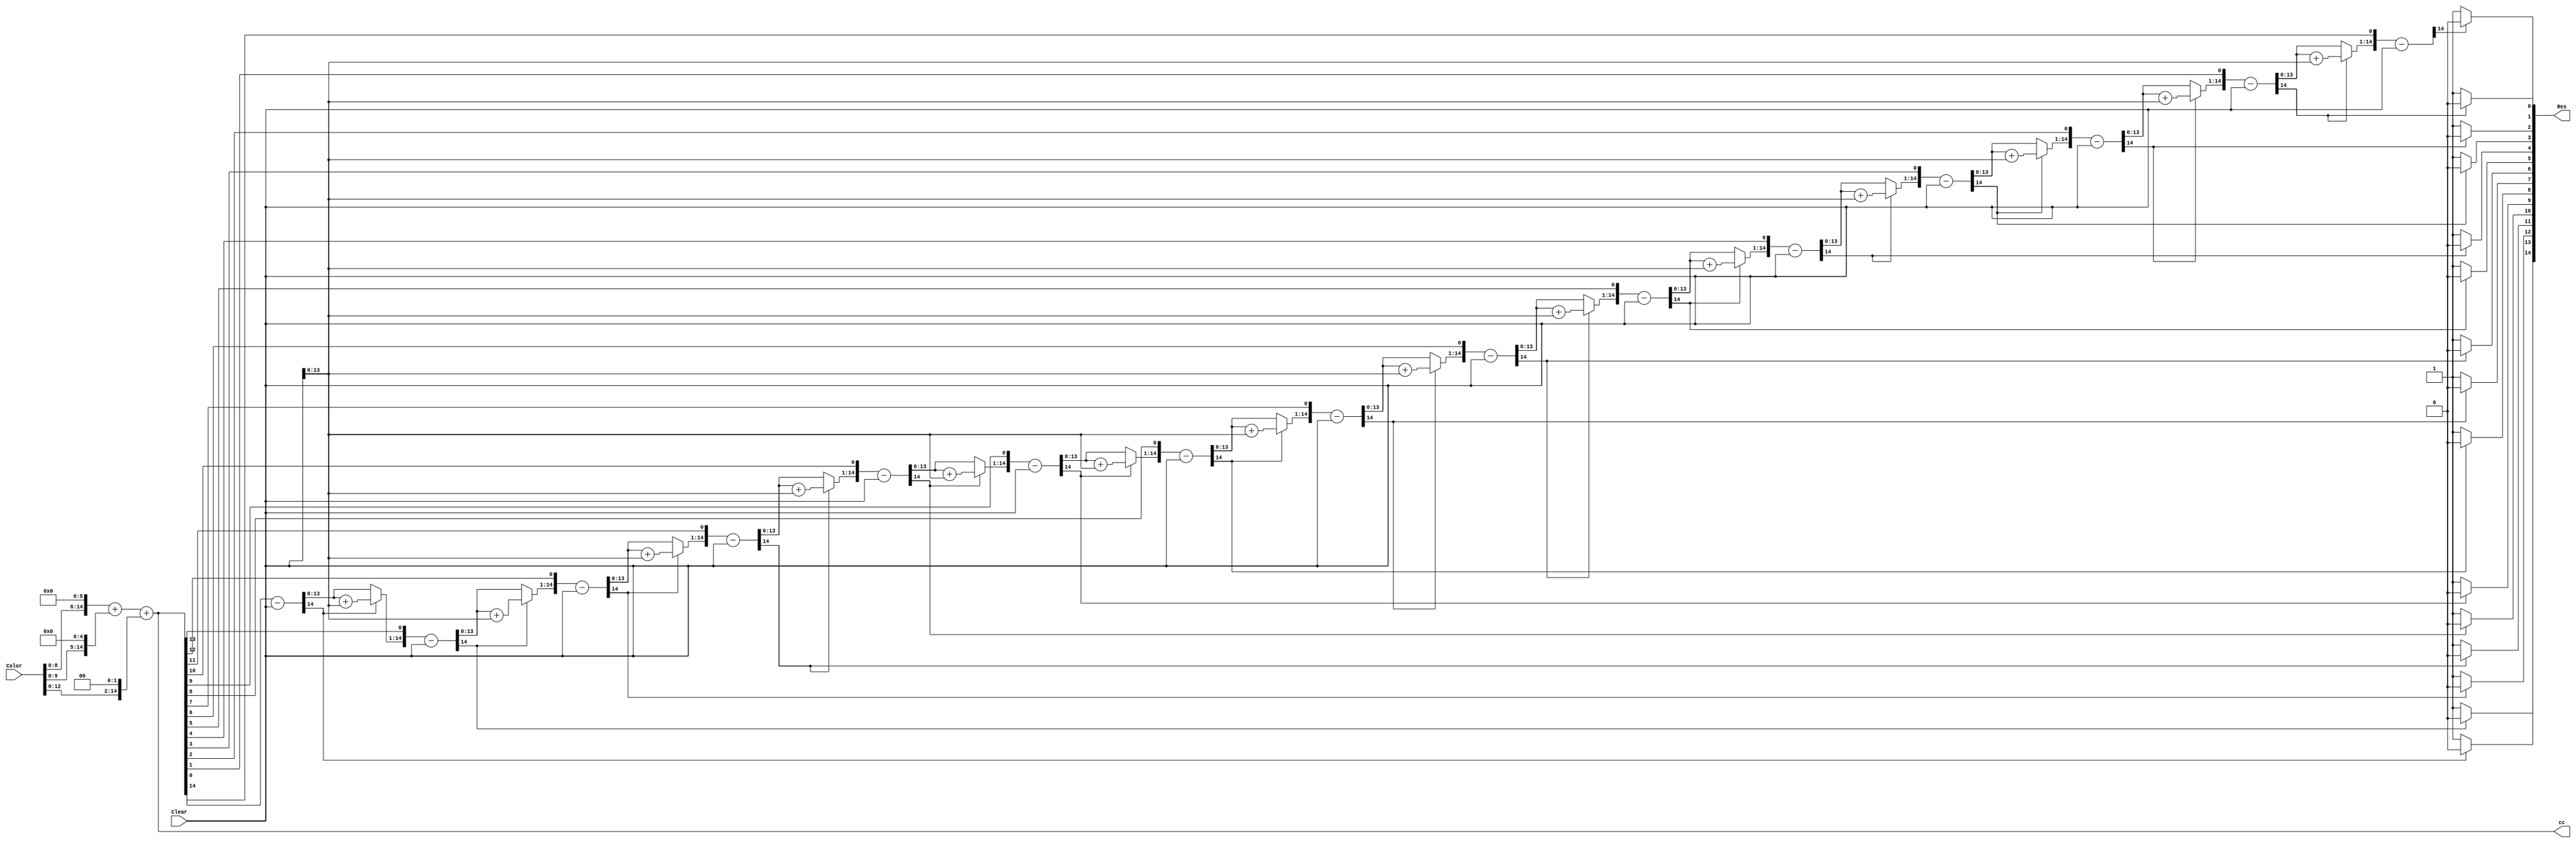
module Division(
 input [Width-1:0] Color,
    input [Width-1:0] Clear,
    output [Width-1:0] Res,
    output [Width-1:0] cc);

    //input and output ports.
   
    //internal variables    
    wire [Width:0] Colorx;
    wire [Width:0] shift3;
    wire [Width:0] shift2;
    wire [Width:0] shift1;
    
    
    reg [Width-1:0] Res = 0;
    reg [Width-1:0] a1 = 0;
    reg [Width-1:0] b1 = 0;
    reg [Width:0] p1 = 0;   
    integer i = 0;
localparam  Width = 15;

assign shift3 = Color << 6;
assign shift2 = Color << 5;
assign shift1 = Color << 2;
assign Colorx = shift3 + shift2 + shift1;
assign cc = Colorx;
    always@ (cc or Clear)
    begin
        //initialize the variables.
        a1 = cc;
        b1 = Clear;
        p1= 0;
        for(i=0;i < Width;i=i+1)    begin //start the for loop
            p1 = {p1[Width-2:0],a1[Width-1]};
            a1[Width-1:1] = a1[Width-2:0];
            p1 = p1-b1;
            if(p1[Width-1] == 1)    begin
                a1[0] = 0;
                p1 = p1 + b1;   end
            else
                a1[0] = 1;
        end
        Res = a1;   
    end 

endmodule